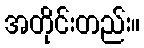
အတိုင်းတည်း။